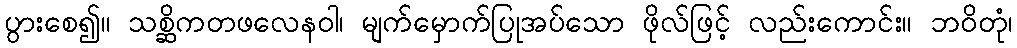
ပွားစေ၍။ သစ္ဆိကတဖလေနဝါ၊ မျက်မှောက်ပြုအပ်သော ဖိုလ်ဖြင့် လည်းကောင်း။ ဘဝိတုံ၊